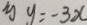
y y = - 3 x